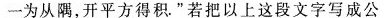
一为从隅，开平方得积。”若把以上这段文字写成公